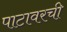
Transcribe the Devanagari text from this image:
पाटावरची